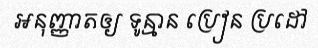
អនុញ្ញាតឲ្យ ទូន្មាន ប្រៀន ប្រដៅ